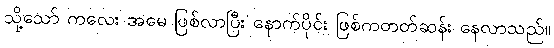
သို့သော် ကလေး အမေ ဖြစ်လာပြီး နောက်ပိုင်း ဖြစ်ကတတ်ဆန်း နေလာသည်။